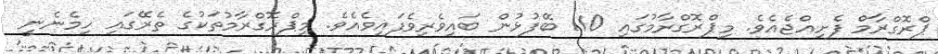
ޕްރޮގްރާމް ފެށިއްޖެއެވެ. މިޕްރޮގްރާމުގައި 110 ބޭފުޅުން ބައިވެރިވެފައިވެއެވެ. މިޕްރޮގްރާމުތަކުގެ ތެރޭގައި ހިމެނެނީ